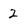
Character: 2